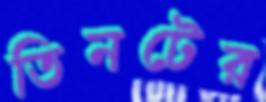
তিনটের